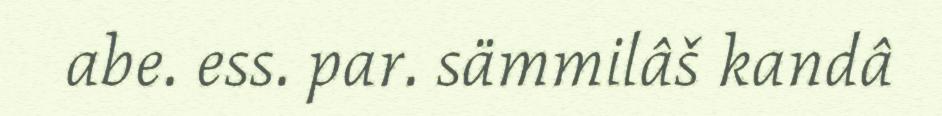
abe. ess. par. sämmilâš kandâ